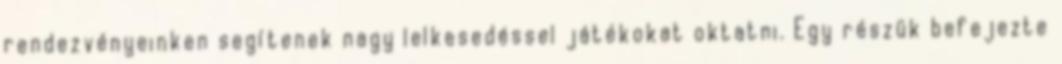
rendezvényeinken segítenek nagy lelkesedéssel játékokat oktatni. Egy részük befejezte